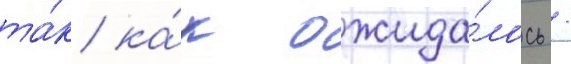
та́к ка́к ожида́лось /